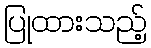
ပြုထားသည့်